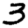
Digit: 3